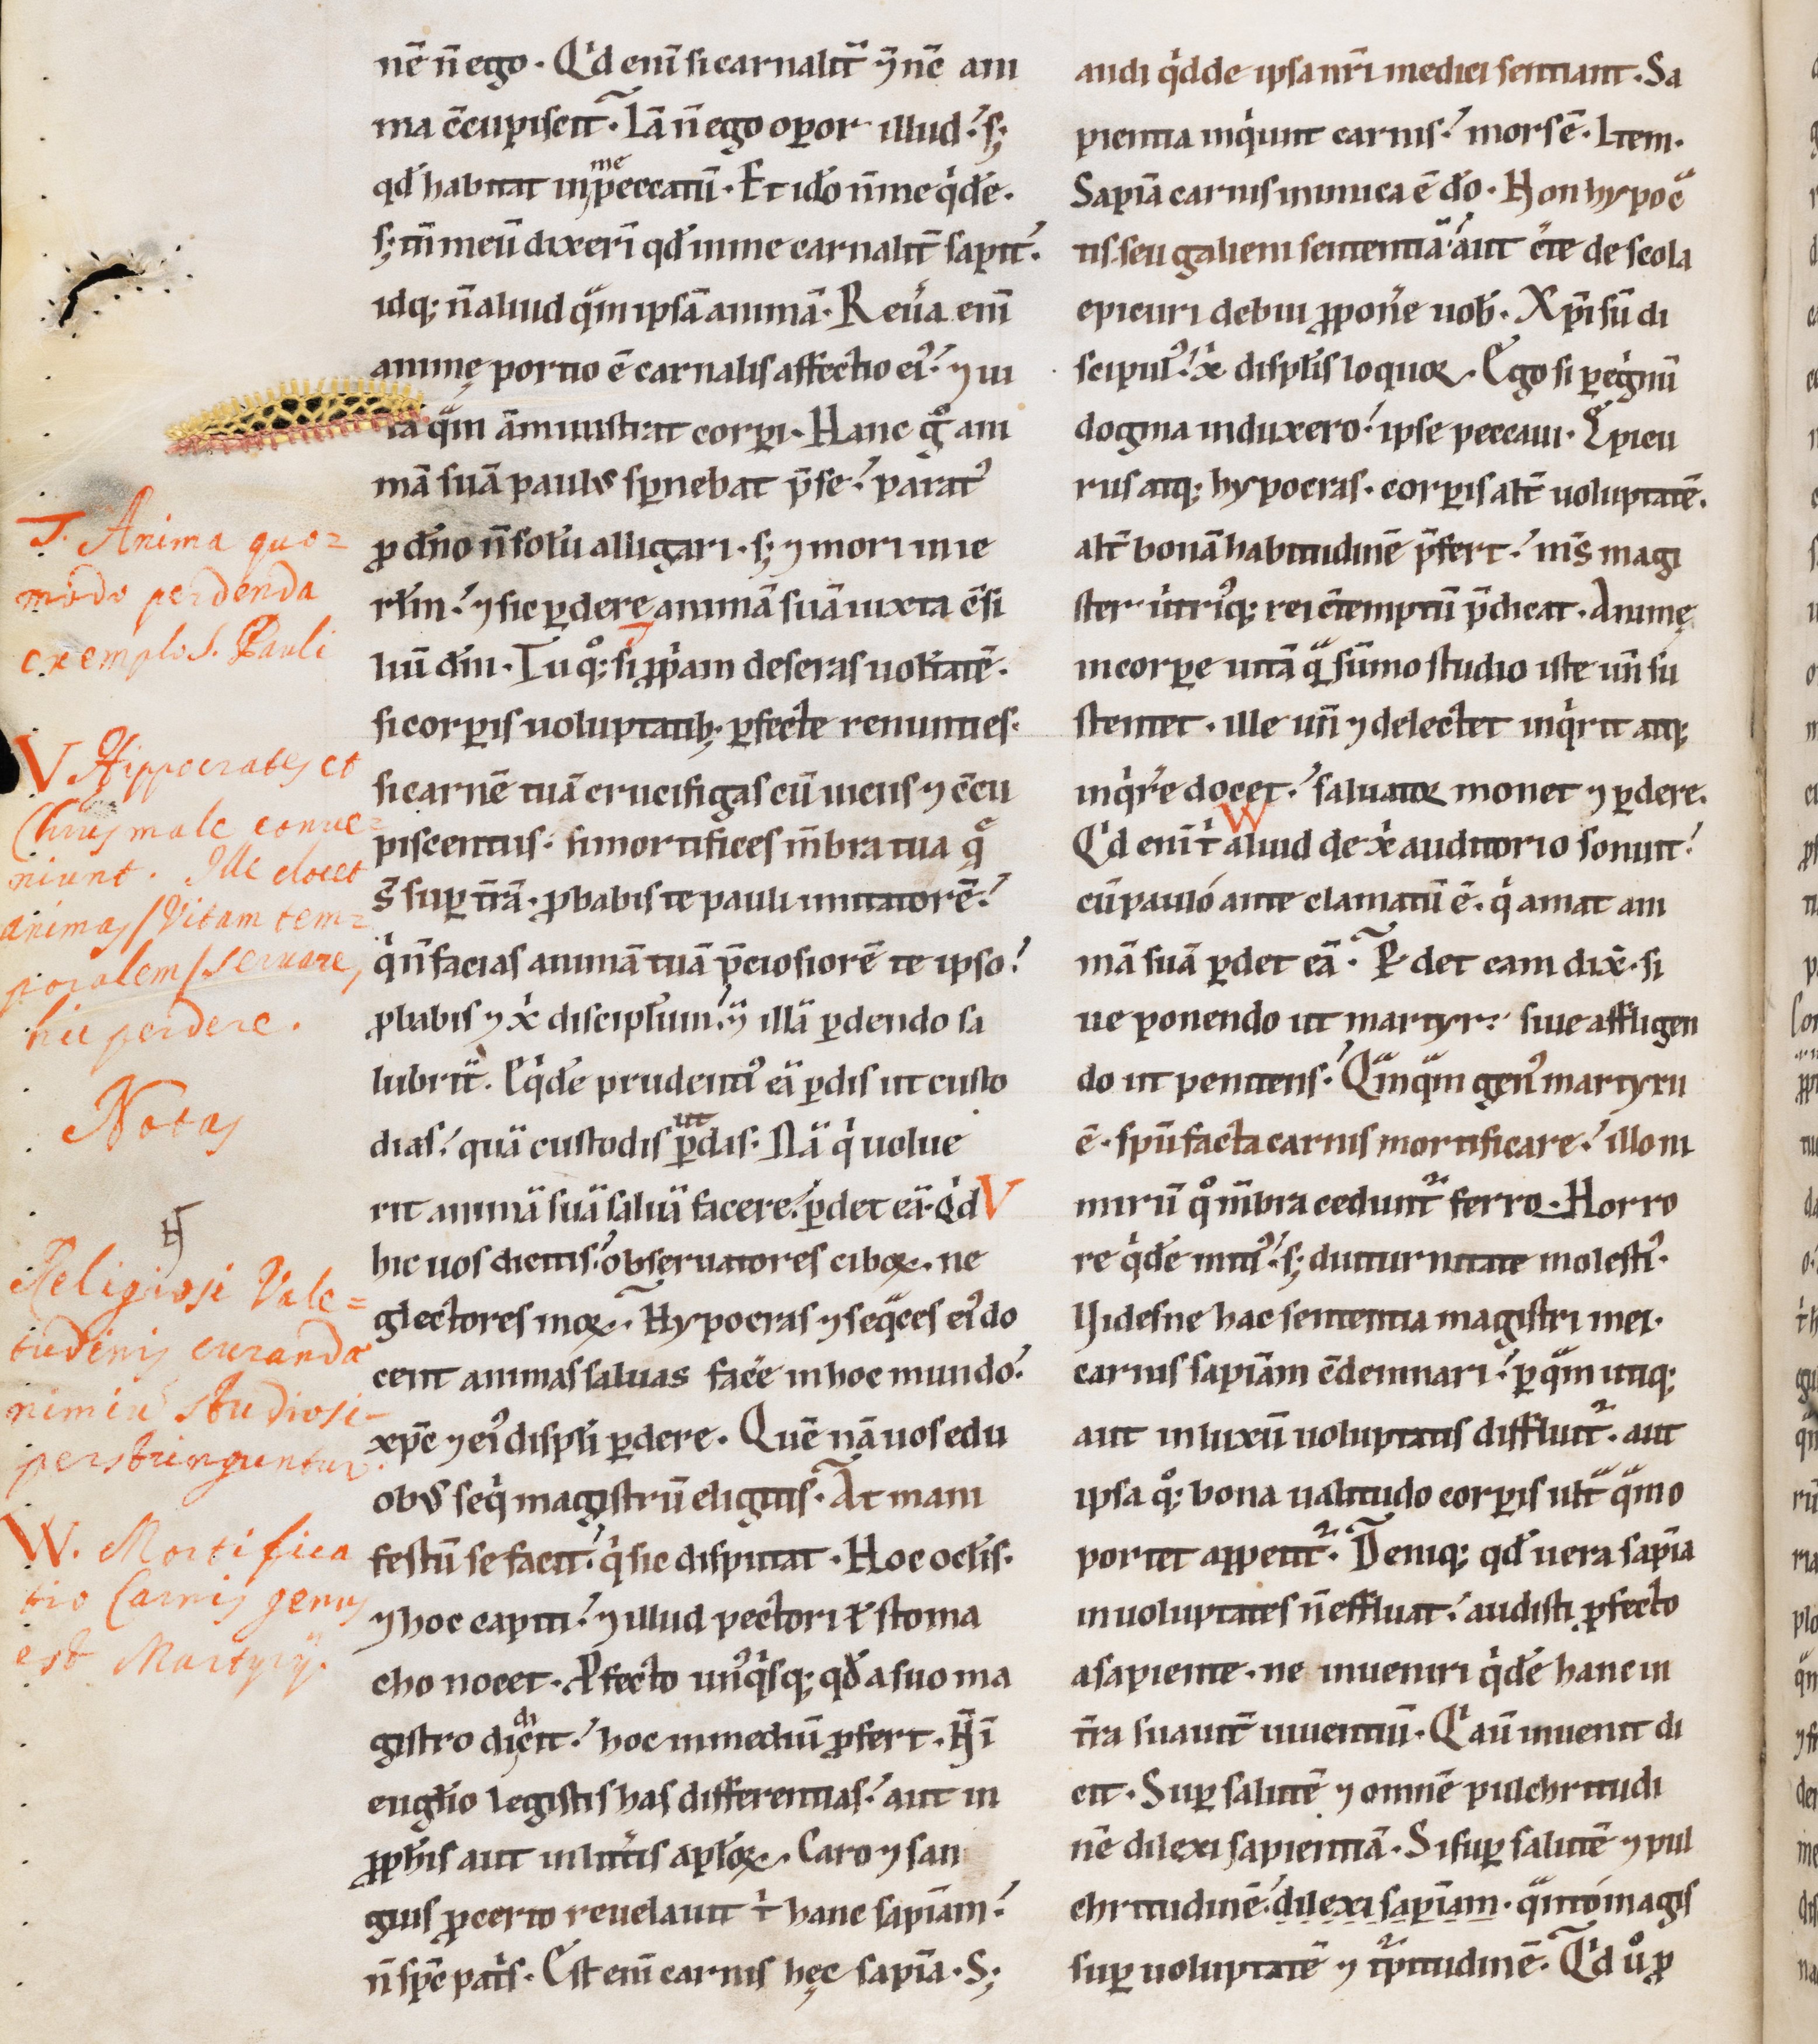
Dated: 1100–1199